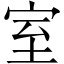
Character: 室